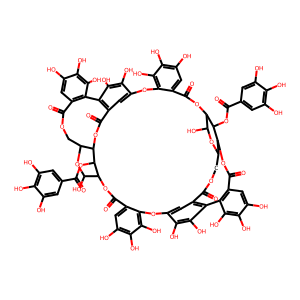
SMILES: O=C(OC1C2OC(=O)c3cc(O)c(O)c(O)c3Oc3cc4c(c(O)c3O)-c3c(cc(O)c(O)c3O)C(=O)OCC3OC(O)C(OC(=O)c5cc(O)c(O)c(O)c5Oc5cc6c(c(O)c5O)-c5c(cc(O)c(O)c5O)C(=O)OC1C(COC6=O)OC2O)C(OC(=O)c1cc(O)c(O)c(O)c1)C3OC4=O)c1cc(O)c(O)c(O)c1
Inhibits HIV replication: Yes